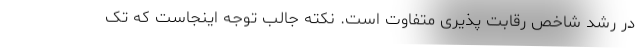
در رشد شاخص رقابت ­پذیری متفاوت است. نکته جالب توجه اینجاست که تک